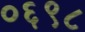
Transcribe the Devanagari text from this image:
०६९८